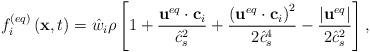
LaTeX: \begin{align*}f_i^{\left( {eq} \right)}\left( {{\bf{x}},t} \right) = {{\hat w}_i}\rho \left[ {1 + \frac{{{{\bf{u}}^{eq}} \cdot {{\bf{c}}_i}}}{{\hat c_s^2}} + \frac{{{{\left( {{{\bf{u}}^{eq}} \cdot {{\bf{c}}_i}} \right)}^2}}}{{2\hat c_s^4}} - \frac{{\left| {{{\bf{u}}^{eq}}} \right|}}{{2\hat c_s^2}}} \right],\end{align*}